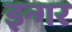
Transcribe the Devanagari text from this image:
इन्गर